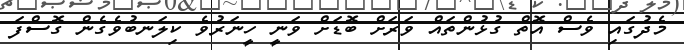
މެދުގައި ވެސް އޮތް ގުޅުންތައް ވަރަށް ބޮޑަށް ވަނީ ހީނަރުވެ ކިލަނބުވެގެން ގޮސްފަ